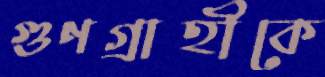
গুণগ্রাহীকে